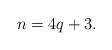
LaTeX: \begin{align*}n = 4q+3.\end{align*}